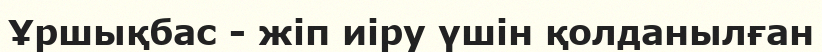
Ұршықбас - жіп иіру үшін қолданылған